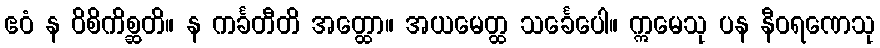
ဧဝံ န ဝိစိကိစ္ဆတိ။ န ကင်္ခတီတိ အတ္ထော။ အယမေတ္ထ သင်္ခေပေါ။ ဣမေသု ပန နီဝရဏေသု